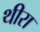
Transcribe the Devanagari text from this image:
थीरा